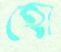
হো